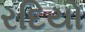
રદિયો